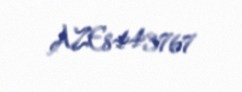
AZE8443767